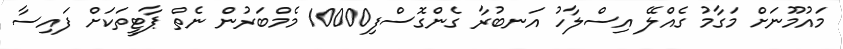
މައުމޫނަށް މަގާމު ގެއްލޭ އިސްލާހު އަނބުރާ ގެންގޮސްފި10000 މެމްބަރުން ނެތް ޕާޓީތަކަށް ފައިސާ